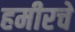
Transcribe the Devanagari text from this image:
हमीरचे